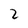
Character: 2